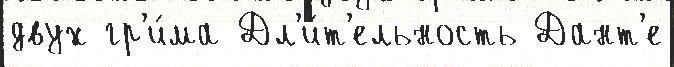
двух гр'и́ма Дл'и́т'ельность Дант'е